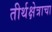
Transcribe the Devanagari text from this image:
तीर्थक्षेत्राचा